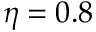
\eta = 0 . 8